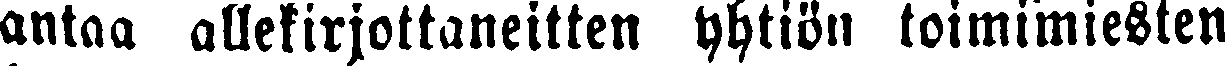
antaa allekirjottaneitten yhtiön toimimiesten